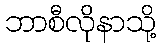
ဘာစီလိုနာသို့